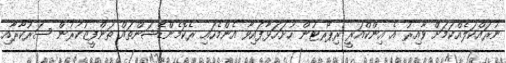
ނުރައްކަލެއްކަމަށް ވާއިރު އެ އިންކްއަރީ ރިޕޯރޓުން ހުށަހަޅާފައިވާ އެންމެހައި ރެކޮމެންޑޭޝަންތައް ތަންފީޒުކުރުން ސަރުކާރާއި